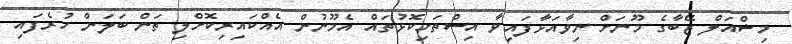
މިޝްއަލް ޒޭބާގެ މޫނަށް ނިވާއަޅާފައިވާ އިސްތަށިކޮޅުތައް އެމޫނުން އެއްކައިރިކޮށްލި ތަން ބަލަން ހުރެފައި